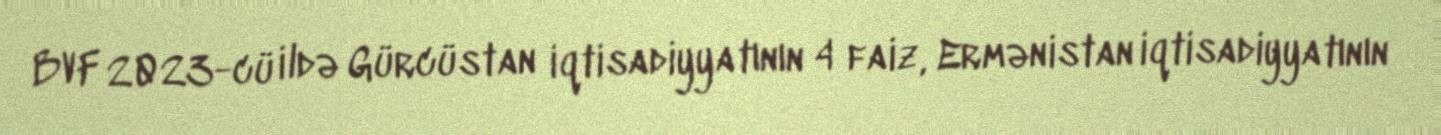
BVF 2023-cü ildə Gürcüstan iqtisadiyyatının 4 faiz, Ermənistan iqtisadiyyatının